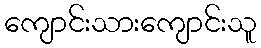
ကျောင်းသားကျောင်းသူ